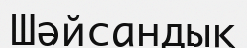
Шәйсандық